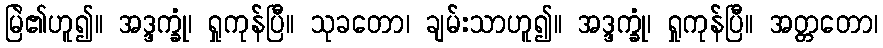
မြဲ၏ဟူ၍။ အဒ္ဒက္ခုံ၊ ရှုကုန်ပြီ။ သုခတော၊ ချမ်းသာဟူ၍။ အဒ္ဒက္ခုံ၊ ရှုကုန်ပြီ။ အတ္တတော၊